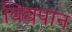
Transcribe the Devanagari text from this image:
विद्यपान